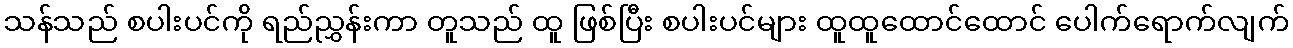
သန်သည် စပါးပင်ကို ရည်ညွှန်းကာ တူသည် ထူ ဖြစ်ပြီး စပါးပင်များ ထူထူထောင်ထောင် ပေါက်ရောက်လျက်